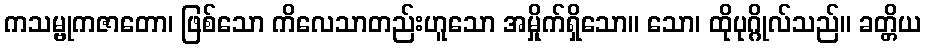
ကသမ္ဗုကဇာတော၊ ဖြစ်သော ကိလေသာတည်းဟူသော အမှိုက်ရှိသော။ သော၊ ထိုပုဂ္ဂိုလ်သည်။ ခတ္တိယ